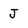
Character: J